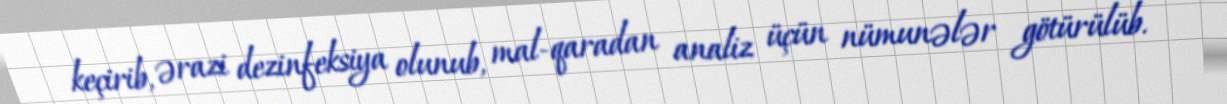
keçirib, ərazi dezinfeksiya olunub, mal-qaradan analiz üçün nümunələr götürülüb.